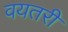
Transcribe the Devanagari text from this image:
वयतरी